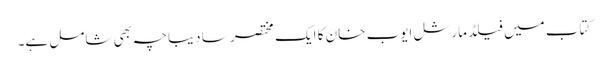
کتاب میں فیلڈ مارشل ایوب خان کا ایک مختصر سا دیباچہ بھی شامل ہے۔